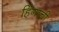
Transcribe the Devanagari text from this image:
हिंगाची